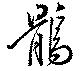
鶻